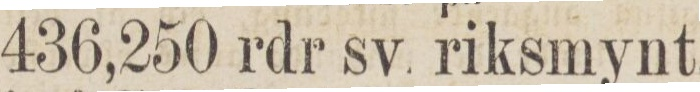
436,250 rdr sv. riksmynt,